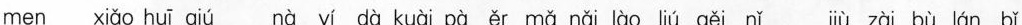
men xiǎo huī qiú nà yí dà kuài pà ěr mǎ nǎi lào liú gěi nǐ jiù zài bù lán bǐ